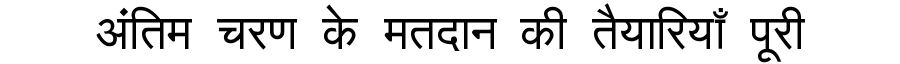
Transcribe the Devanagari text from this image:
अंतिम चरण के मतदान की तैयारियाँ पूरी